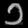
Digit: ၁